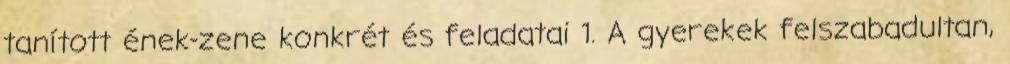
tanított ének-zene konkrét és feladatai 1. A gyerekek felszabadultan,